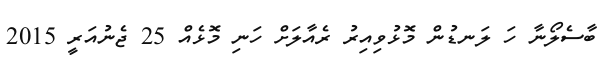
ބާސެލޯނާ ހަ ލަނޑުން މޮޅުވިއިރު ރެއާލަށް ހަނި މޮޅެއް 25 ޖެނުއަރީ 2015